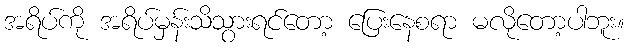
အရိပ်ကို အရိပ်မှန်းသိသွားရင်တော့ ပြေးနေစရာ မလိုတော့ပါဘူး။